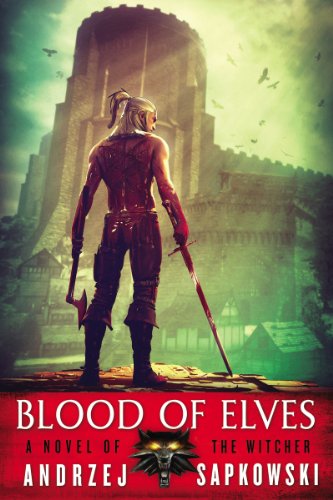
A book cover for Blood of Elves; Andrzej Sapkowski; Literature & Fiction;